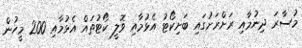
މުސާރަ ދިނުމާއި ރަށްރަށުގައި ބަށިކޯޓު އެޅުމާއި ވޮލީ ކޯޓުތައް އެޅުމާއި 200 މީހުން